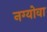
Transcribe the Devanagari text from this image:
नग्योवा